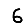
Digit: 6